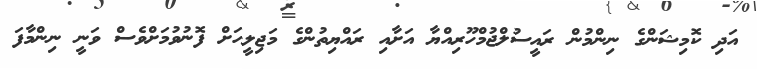
އަދި ކޮމިޝަންގެ ނިންމުން ރައީސުލްޖުމްހޫރިއްޔާ އަށާއި ރައްޔިތުންގެ މަޖިލީހަށް ފޮނުވުމަށްވެސް ވަނީ ނިންމާފަ